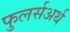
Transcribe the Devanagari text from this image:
फुलर्सअर्थ